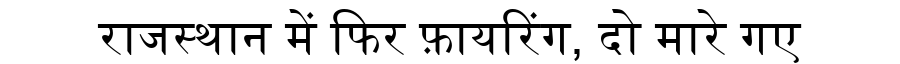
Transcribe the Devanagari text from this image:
राजस्थान में फिर फ़ायरिंग, दो मारे गए